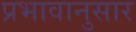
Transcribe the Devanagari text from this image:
प्रभावानुसार